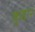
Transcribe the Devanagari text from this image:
कुद्दार